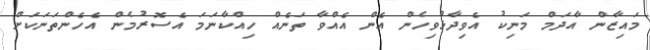
މައިޒާން އާދަމް މަނިކު އެވިދާޅުވިހެން އެން އެއްވާ ތަނެއް ހިއްކާނަމަ އެސޮރުމެން އެހެންތަނަކަށް